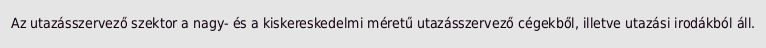
Az utazásszervező szektor a nagy- és a kiskereskedelmi méretű utazásszervező cégekből, illetve utazási irodákból áll.